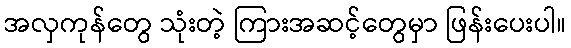
အလှကုန်တွေ သုံးတဲ့ ကြားအဆင့်တွေမှာ ဖြန်းပေးပါ။